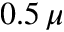
0 . 5 \, \mu